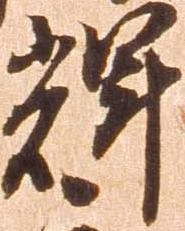
輝